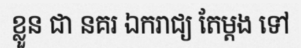
ខ្លួន ជា នគរ ឯករាជ្យ តែម្តង ទៅ